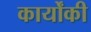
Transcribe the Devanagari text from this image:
कार्योंकी